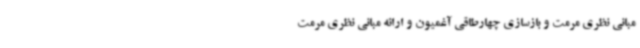
مبانی نظری مرمت و بازسازی چهارطاقی آغمیون و ارائه مبانی نظری مرمت